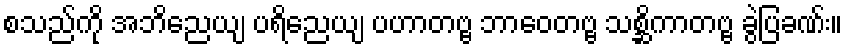
စသည်ကို အဘိညေယျ ပရိညေယျ ပဟာတဗ္ဗ ဘာဝေတဗ္ဗ သစ္ဆိကာတဗ္ဗ ခွဲပြခဏ်း။